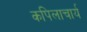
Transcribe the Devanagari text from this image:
कपिलाचार्य